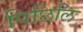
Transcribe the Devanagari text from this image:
पिछिलि